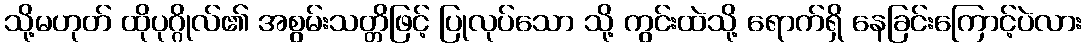
သို့မဟုတ် ထိုပုဂ္ဂိုလ်၏ အစွမ်းသတ္တိဖြင့် ပြုလုပ်သော သို့ ကွင်းထဲသို့ ရောက်ရှိ နေခြင်းကြောင့်ပဲလား